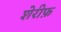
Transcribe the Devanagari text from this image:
शेरीफ़